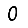
Digit: 0